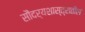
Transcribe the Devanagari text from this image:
सौंदर्यशास्त्रातील